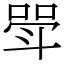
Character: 斝